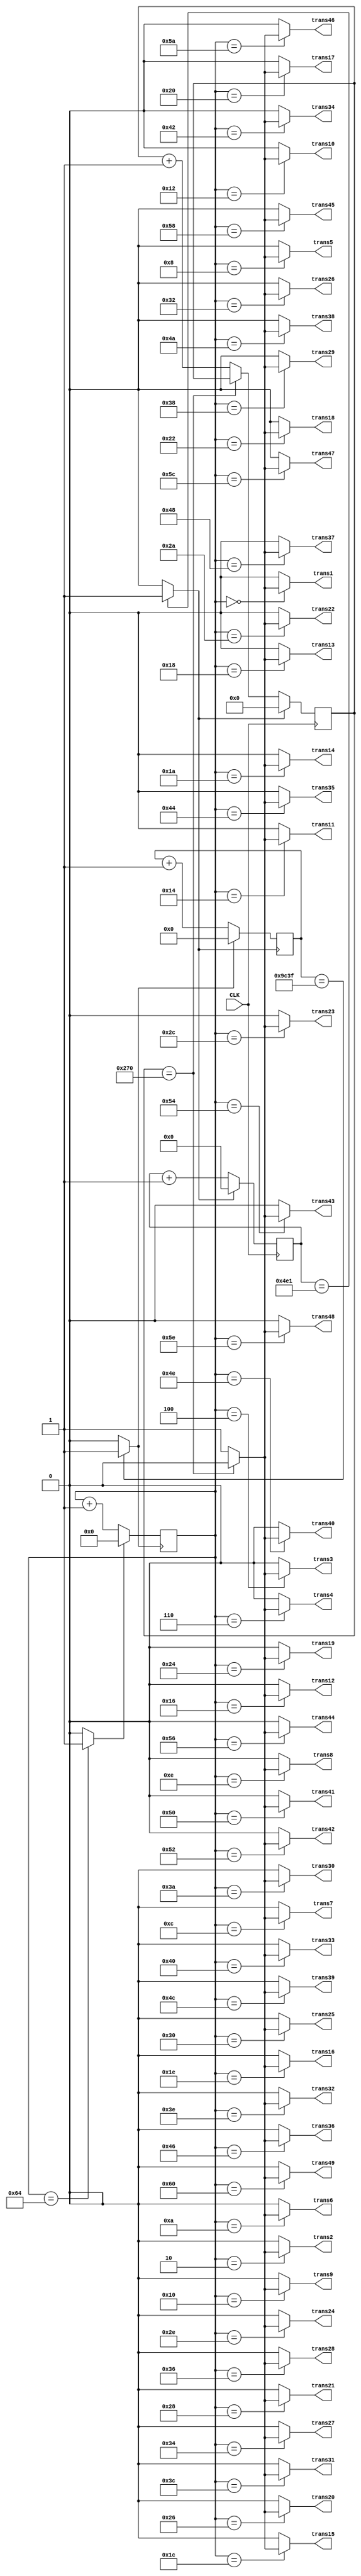
`timescale 1ns / 1ps
//////////////////////////////////////////////////////////////////////////////////
// Company: 
// Engineer: 
// 
// Design Name: 
// Module Name:    check_all_transducers_Verilog 
// Project Name: 
// Target Devices: 
// Tool versions: 
// Description: 
//
// Dependencies: 
//
// Revision: 
// Revision 0.01 - File Created
// Additional Comments: 
//
//////////////////////////////////////////////////////////////////////////////////
module check_all_transducers_Verilog(
	 input CLK,
    output trans1,
    output trans2,
	 output trans3,
	 output trans4,
	 output trans5,
	 output trans6,
	 output trans7,
	 output trans8,
	 output trans9,
	 output trans10,
	 output trans11,
	 output trans12,
	 output trans13,
	 output trans14,
	 output trans15,
	 output trans16,
	 output trans17,
	 output trans18,
	 output trans19,
	 output trans20,
	 output trans21,
	 output trans22,
	 output trans23,
	 output trans24,
	 output trans25,
	 output trans26,
	 output trans27,
	 output trans28,
	 output trans29,
	 output trans30,
	 output trans31,
	 output trans32,
	 output trans33,
	 output trans34,
	 output trans35,
	 output trans36,
	 output trans37,
	 output trans38,
	 output trans39,
	 output trans40,
	 output trans41,
	 output trans42,
	 output trans43,
	 output trans44,
	 output trans45,
	 output trans46,
	 output trans47,
	 output trans48,
	 output trans49
    );

	//define signals
	reg trans1_reg = 1'b0;
	reg trans2_reg = 1'b0;
	reg trans3_reg = 1'b0;
	reg trans4_reg = 1'b0;
	reg trans5_reg = 1'b0;
	reg trans6_reg = 1'b0;
	reg trans7_reg = 1'b0;
	reg trans8_reg = 1'b0;
	reg trans9_reg = 1'b0;
	reg trans10_reg = 1'b0;
	reg trans11_reg = 1'b0;
	reg trans12_reg = 1'b0;
	reg trans13_reg = 1'b0;
	reg trans14_reg = 1'b0;
	reg trans15_reg = 1'b0;
	reg trans16_reg = 1'b0;
	reg trans17_reg = 1'b0;
	reg trans18_reg = 1'b0;
	reg trans19_reg = 1'b0;
	reg trans20_reg = 1'b0;
	reg trans21_reg = 1'b0;
	reg trans22_reg = 1'b0;
	reg trans23_reg = 1'b0;
	reg trans24_reg = 1'b0;
	reg trans25_reg = 1'b0;
	reg trans26_reg = 1'b0;
	reg trans27_reg = 1'b0;
	reg trans28_reg = 1'b0;
	reg trans29_reg = 1'b0;
	reg trans30_reg = 1'b0;
	reg trans31_reg = 1'b0;
	reg trans32_reg = 1'b0;
	reg trans33_reg = 1'b0;
	reg trans34_reg = 1'b0;
	reg trans35_reg = 1'b0;
	reg trans36_reg = 1'b0;
	reg trans37_reg = 1'b0;
	reg trans38_reg = 1'b0;
	reg trans39_reg = 1'b0;
	reg trans40_reg = 1'b0;
	reg trans41_reg = 1'b0;
	reg trans42_reg = 1'b0;
	reg trans43_reg = 1'b0;
	reg trans44_reg = 1'b0;
	reg trans45_reg = 1'b0;
	reg trans46_reg = 1'b0;
	reg trans47_reg = 1'b0;
	reg trans48_reg = 1'b0;
	reg trans49_reg = 1'b0;
	reg [10:0] pwm_base_reg = 11'h000;
	reg [9:0] pwm_duty_reg = 10'h000;
//	reg [9:0] duty_count_stop_reg = 10'd624;
//	reg pwm_out_reg = 1'b1;
	reg [6:0] base_cycle_counter_reg = 7'h00;
	reg [15:0] count_base_reg = 16'h0000;
	
	wire pwmbp;
	wire pwm_out;
	wire countbp;
	wire count_reset;

	//PWM Base Cycle Generate
	/* Calculation
		base count = 50[MHz] / 40 [kHz] = 1250
		0 ~ 1249 -> 1250 count
	*/
	always @(posedge CLK) begin  //CB16RE
		if (pwmbp == 1'b1) begin  //R:pwmbp
			pwm_base_reg <= 11'h000;  //h:hexadecimal, assign 0 to all bits
		end
		else begin
			pwm_base_reg <= pwm_base_reg + 1'b1;  //increment
		end
	end
	
	assign pwmbp = (pwm_base_reg[10:0] == 11'd1249) ? 1'b1 : 1'b0;  //COMP16

	//PWM Duty Ratio Generate
	always @(posedge CLK) begin  //CB16RE
		if (pwmbp == 1'b1) begin  //R:pwmbp
			pwm_duty_reg <= 11'h000;
		end
		else if (pwm_out == 1'b1) begin  //CE:pwm_out
			pwm_duty_reg <= pwm_duty_reg + 1'b1;
		end
	end

	//duty ratio = 50% -> 1250 / 2 = 625
		assign pwm_out = (pwm_duty_reg[9:0] == 10'd624) ? 1'b0 : 1'b1;  //COMP16
		
	
	
	//Count Base Cycle Generate
	/* Calculation
		base count = 40[kHz] / 1 [Hz] = 40*10^3
	*/
	always @(posedge pwmbp) begin  //CB16RE
		if (countbp == 1'b1) begin  //R:countbp
			count_base_reg <= 16'h0000;
		end
		else begin
			count_base_reg <= count_base_reg + 1'b1;
		end
	end
	
	assign countbp = (count_base_reg[15:0] == 16'd39999) ? 1'b1 : 1'b0;  //COMP16

	//base cycle counter generate
	always @(posedge countbp) begin  //CB8RE
		if (count_reset == 1'b1) begin  //R:count_reset
			base_cycle_counter_reg <= 7'h00;
		end
		else begin
			base_cycle_counter_reg <= base_cycle_counter_reg + 1'b1;
		end
	end
	
	assign count_reset = (base_cycle_counter_reg[6:0] == 7'd100) ? 1'b1 : 1'b0;  //COMP8
	
//	assign trans1 = pwm_out;
	
	//To transducers
	
	assign trans1 = (base_cycle_counter_reg[6:0] == 7'd0) ? pwm_out : 1'b0;
	assign trans2 = (base_cycle_counter_reg[6:0] == 7'd2) ? pwm_out : 1'b0;
	assign trans3 = (base_cycle_counter_reg[6:0] == 7'd4) ? pwm_out : 1'b0;
	assign trans4 = (base_cycle_counter_reg[6:0] == 7'd6) ? pwm_out : 1'b0;
	assign trans5 = (base_cycle_counter_reg[6:0] == 7'd8) ? pwm_out : 1'b0;
	assign trans6 = (base_cycle_counter_reg[6:0] == 7'd10) ? pwm_out : 1'b0;
	assign trans7 = (base_cycle_counter_reg[6:0] == 7'd12) ? pwm_out : 1'b0;
	assign trans8 = (base_cycle_counter_reg[6:0] == 7'd14) ? pwm_out : 1'b0;
	assign trans9 = (base_cycle_counter_reg[6:0] == 7'd16) ? pwm_out : 1'b0;
	assign trans10 = (base_cycle_counter_reg[6:0] == 7'd18) ? pwm_out : 1'b0;
	assign trans11 = (base_cycle_counter_reg[6:0] == 7'd20) ? pwm_out : 1'b0;
	assign trans12 = (base_cycle_counter_reg[6:0] == 7'd22) ? pwm_out : 1'b0;
	assign trans13 = (base_cycle_counter_reg[6:0] == 7'd24) ? pwm_out : 1'b0;
	assign trans14 = (base_cycle_counter_reg[6:0] == 7'd26) ? pwm_out : 1'b0;
	assign trans15 = (base_cycle_counter_reg[6:0] == 7'd28) ? pwm_out : 1'b0;
	assign trans16 = (base_cycle_counter_reg[6:0] == 7'd30) ? pwm_out : 1'b0;
	assign trans17 = (base_cycle_counter_reg[6:0] == 7'd32) ? pwm_out : 1'b0;
	assign trans18 = (base_cycle_counter_reg[6:0] == 7'd34) ? pwm_out : 1'b0;
	assign trans19 = (base_cycle_counter_reg[6:0] == 7'd36) ? pwm_out : 1'b0;
	assign trans20 = (base_cycle_counter_reg[6:0] == 7'd38) ? pwm_out : 1'b0;
	assign trans21 = (base_cycle_counter_reg[6:0] == 7'd40) ? pwm_out : 1'b0;
	assign trans22 = (base_cycle_counter_reg[6:0] == 7'd42) ? pwm_out : 1'b0;
	assign trans23 = (base_cycle_counter_reg[6:0] == 7'd44) ? pwm_out : 1'b0;
	assign trans24 = (base_cycle_counter_reg[6:0] == 7'd46) ? pwm_out : 1'b0;
	assign trans25 = (base_cycle_counter_reg[6:0] == 7'd48) ? pwm_out : 1'b0;
	assign trans26 = (base_cycle_counter_reg[6:0] == 7'd50) ? pwm_out : 1'b0;
	assign trans27 = (base_cycle_counter_reg[6:0] == 7'd52) ? pwm_out : 1'b0;
	assign trans28 = (base_cycle_counter_reg[6:0] == 7'd54) ? pwm_out : 1'b0;
	assign trans29 = (base_cycle_counter_reg[6:0] == 7'd56) ? pwm_out : 1'b0;
	assign trans30 = (base_cycle_counter_reg[6:0] == 7'd58) ? pwm_out : 1'b0;
	assign trans31 = (base_cycle_counter_reg[6:0] == 7'd60) ? pwm_out : 1'b0;
	assign trans32 = (base_cycle_counter_reg[6:0] == 7'd62) ? pwm_out : 1'b0;
	assign trans33 = (base_cycle_counter_reg[6:0] == 7'd64) ? pwm_out : 1'b0;
	assign trans34 = (base_cycle_counter_reg[6:0] == 7'd66) ? pwm_out : 1'b0;
	assign trans35 = (base_cycle_counter_reg[6:0] == 7'd68) ? pwm_out : 1'b0;
	assign trans36 = (base_cycle_counter_reg[6:0] == 7'd70) ? pwm_out : 1'b0;
	assign trans37 = (base_cycle_counter_reg[6:0] == 7'd72) ? pwm_out : 1'b0;
	assign trans38 = (base_cycle_counter_reg[6:0] == 7'd74) ? pwm_out : 1'b0;
	assign trans39 = (base_cycle_counter_reg[6:0] == 7'd76) ? pwm_out : 1'b0;
	assign trans40 = (base_cycle_counter_reg[6:0] == 7'd78) ? pwm_out : 1'b0;
	assign trans41 = (base_cycle_counter_reg[6:0] == 7'd80) ? pwm_out : 1'b0;
	assign trans42 = (base_cycle_counter_reg[6:0] == 7'd82) ? pwm_out : 1'b0;
	assign trans43 = (base_cycle_counter_reg[6:0] == 7'd84) ? pwm_out : 1'b0;
	assign trans44 = (base_cycle_counter_reg[6:0] == 7'd86) ? pwm_out : 1'b0;
	assign trans45 = (base_cycle_counter_reg[6:0] == 7'd88) ? pwm_out : 1'b0;
	assign trans46 = (base_cycle_counter_reg[6:0] == 7'd90) ? pwm_out : 1'b0;
	assign trans47 = (base_cycle_counter_reg[6:0] == 7'd92) ? pwm_out : 1'b0;
	assign trans48 = (base_cycle_counter_reg[6:0] == 7'd94) ? pwm_out : 1'b0;
	assign trans49 = (base_cycle_counter_reg[6:0] == 7'd96) ? pwm_out : 1'b0;

	
/*	always @(posedge countbp) begin
		case(base_cycle_counter_reg)
			7'd000: trans1_reg = pwm_out;
			7'd001: trans1_reg = 1'b0;
			7'd002: trans2_reg = pwm_out;
			7'd003: trans2_reg = 1'b0;
			7'd004: trans3_reg = pwm_out;
			7'd005: trans3_reg = 1'b0;
			7'd006: trans4_reg = pwm_out;
			7'd007: trans4_reg = 1'b0;
			7'd008: trans5_reg = pwm_out;
			7'd009: trans5_reg = 1'b0;
			7'd010: trans6_reg = pwm_out;
			7'd011: trans6_reg = 1'b0;
			7'd012: trans7_reg = pwm_out;
			7'd013: trans7_reg = 1'b0;
		endcase
	end*/
	
/*	assign trans1 = trans1_reg;
	assign trans2 = trans2_reg;
	assign trans3 = trans3_reg;
	assign trans4 = trans4_reg;
	assign trans5 = trans5_reg;
	assign trans6 = trans6_reg;
	assign trans7 = trans7_reg;
	assign trans8 = trans8_reg;
	assign trans9 = trans9_reg;
	assign trans10 = trans10_reg;
	assign trans11 = trans11_reg;
	assign trans12 = trans12_reg;
	assign trans13 = trans13_reg;
	assign trans14 = trans14_reg;
	assign trans15 = trans15_reg;
	assign trans16 = trans16_reg;
	assign trans17 = trans17_reg;
	assign trans18 = trans18_reg;
	assign trans19 = trans19_reg;
	assign trans20 = trans20_reg;
	assign trans21 = trans21_reg;
	assign trans22 = trans22_reg;
	assign trans23 = trans23_reg;
	assign trans24 = trans24_reg;
	assign trans25 = trans25_reg;
	assign trans26 = trans26_reg;
	assign trans27 = trans27_reg;
	assign trans28 = trans28_reg;
	assign trans29 = trans29_reg;
	assign trans30 = trans30_reg;
	assign trans31 = trans31_reg;
	assign trans32 = trans32_reg;
	assign trans33 = trans33_reg;
	assign trans34 = trans34_reg;
	assign trans35 = trans35_reg;
	assign trans36 = trans36_reg;
	assign trans37 = trans37_reg;
	assign trans38 = trans38_reg;
	assign trans39 = trans39_reg;
	assign trans40 = trans40_reg;
	assign trans41 = trans41_reg;
	assign trans42 = trans42_reg;
	assign trans43 = trans43_reg;
	assign trans44 = trans44_reg;
	assign trans45 = trans45_reg;
	assign trans46 = trans46_reg;
	assign trans47 = trans47_reg;
	assign trans48 = trans48_reg;
	assign trans49 = trans49_reg;
*/

endmodule